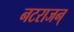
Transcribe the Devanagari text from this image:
नटराजन्‌